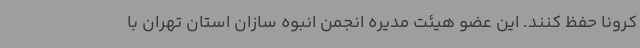
کرونا حفظ کنند. این عضو هیئت مدیره انجمن انبوه سازان استان تهران با